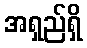
အရှည်ရှိ